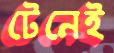
টেনেই